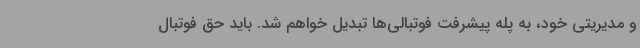
و مدیریتی خود، به پله پیشرفت فوتبالی‌ها تبدیل خواهم شد. باید حق فوتبال